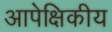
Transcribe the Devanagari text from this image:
आपेक्षिकीय